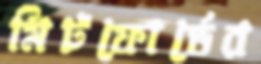
মিটফোর্ডের